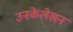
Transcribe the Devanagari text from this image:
उनकेलेखन